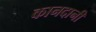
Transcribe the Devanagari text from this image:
कानदानी